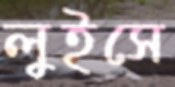
লুইসে